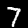
Digit: 7